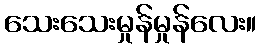
သေးသေးမှုန်မှုန်လေး။